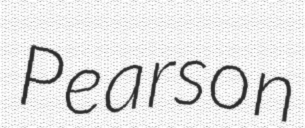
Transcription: Pearson